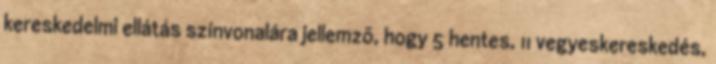
kereskedelmi ellátás színvonalára jellemzõ, hogy 5 hentes, 11 vegyeskereskedés,